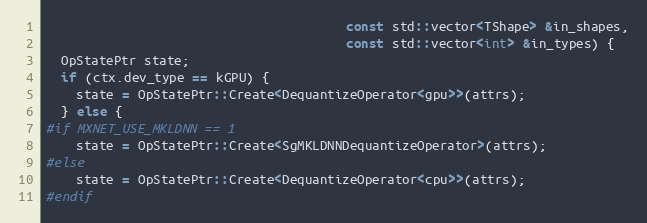
Language: C++
                                        const std::vector<TShape> &in_shapes,
                                        const std::vector<int> &in_types) {
  OpStatePtr state;
  if (ctx.dev_type == kGPU) {
    state = OpStatePtr::Create<DequantizeOperator<gpu>>(attrs);
  } else {
#if MXNET_USE_MKLDNN == 1
    state = OpStatePtr::Create<SgMKLDNNDequantizeOperator>(attrs);
#else
    state = OpStatePtr::Create<DequantizeOperator<cpu>>(attrs);
#endif